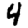
Digit: 4